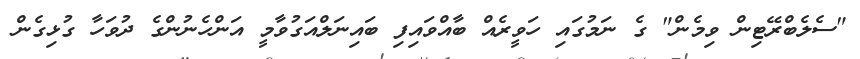
"ސެލެބްރޭޓިން ވިމެން" ގެ ނަމުގައި ހަވީރެއް ބާއްވައިފި ބައިނަލްއަގުވާމީ އަންހެނުންގެ ދުވަހާ ގުޅިގެން